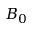
B _ { 0 }